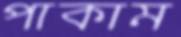
পাকাম